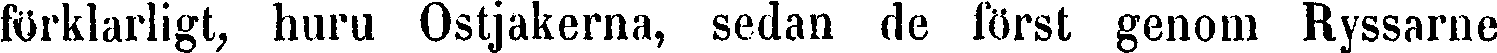
förklarligt, huru Ostjakerna, sedan de först genom Ryssarne